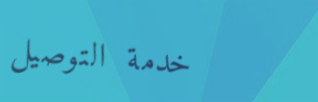
خدمة التوصيل